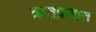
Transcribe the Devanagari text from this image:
ऋतप्रजात